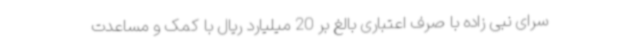
سرای نبی زاده با صرف اعتباری بالغ بر 20 میلیارد ریال با کمک و مساعدت